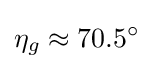
\eta _{g}\approx 70.5^{\circ }